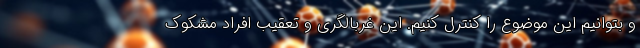
و بتوانیم این موضوع را کنترل کنیم. این غربالگری و تعقیب افراد مشکوک